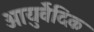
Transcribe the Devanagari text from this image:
आयुर्वॆदिक